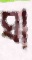
ঘা